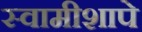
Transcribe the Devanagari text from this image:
स्वामीशापे